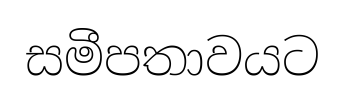
සමීපතාවයට